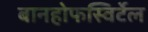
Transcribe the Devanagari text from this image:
बानहोफस्विर्टेल